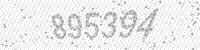
Solution: 895394